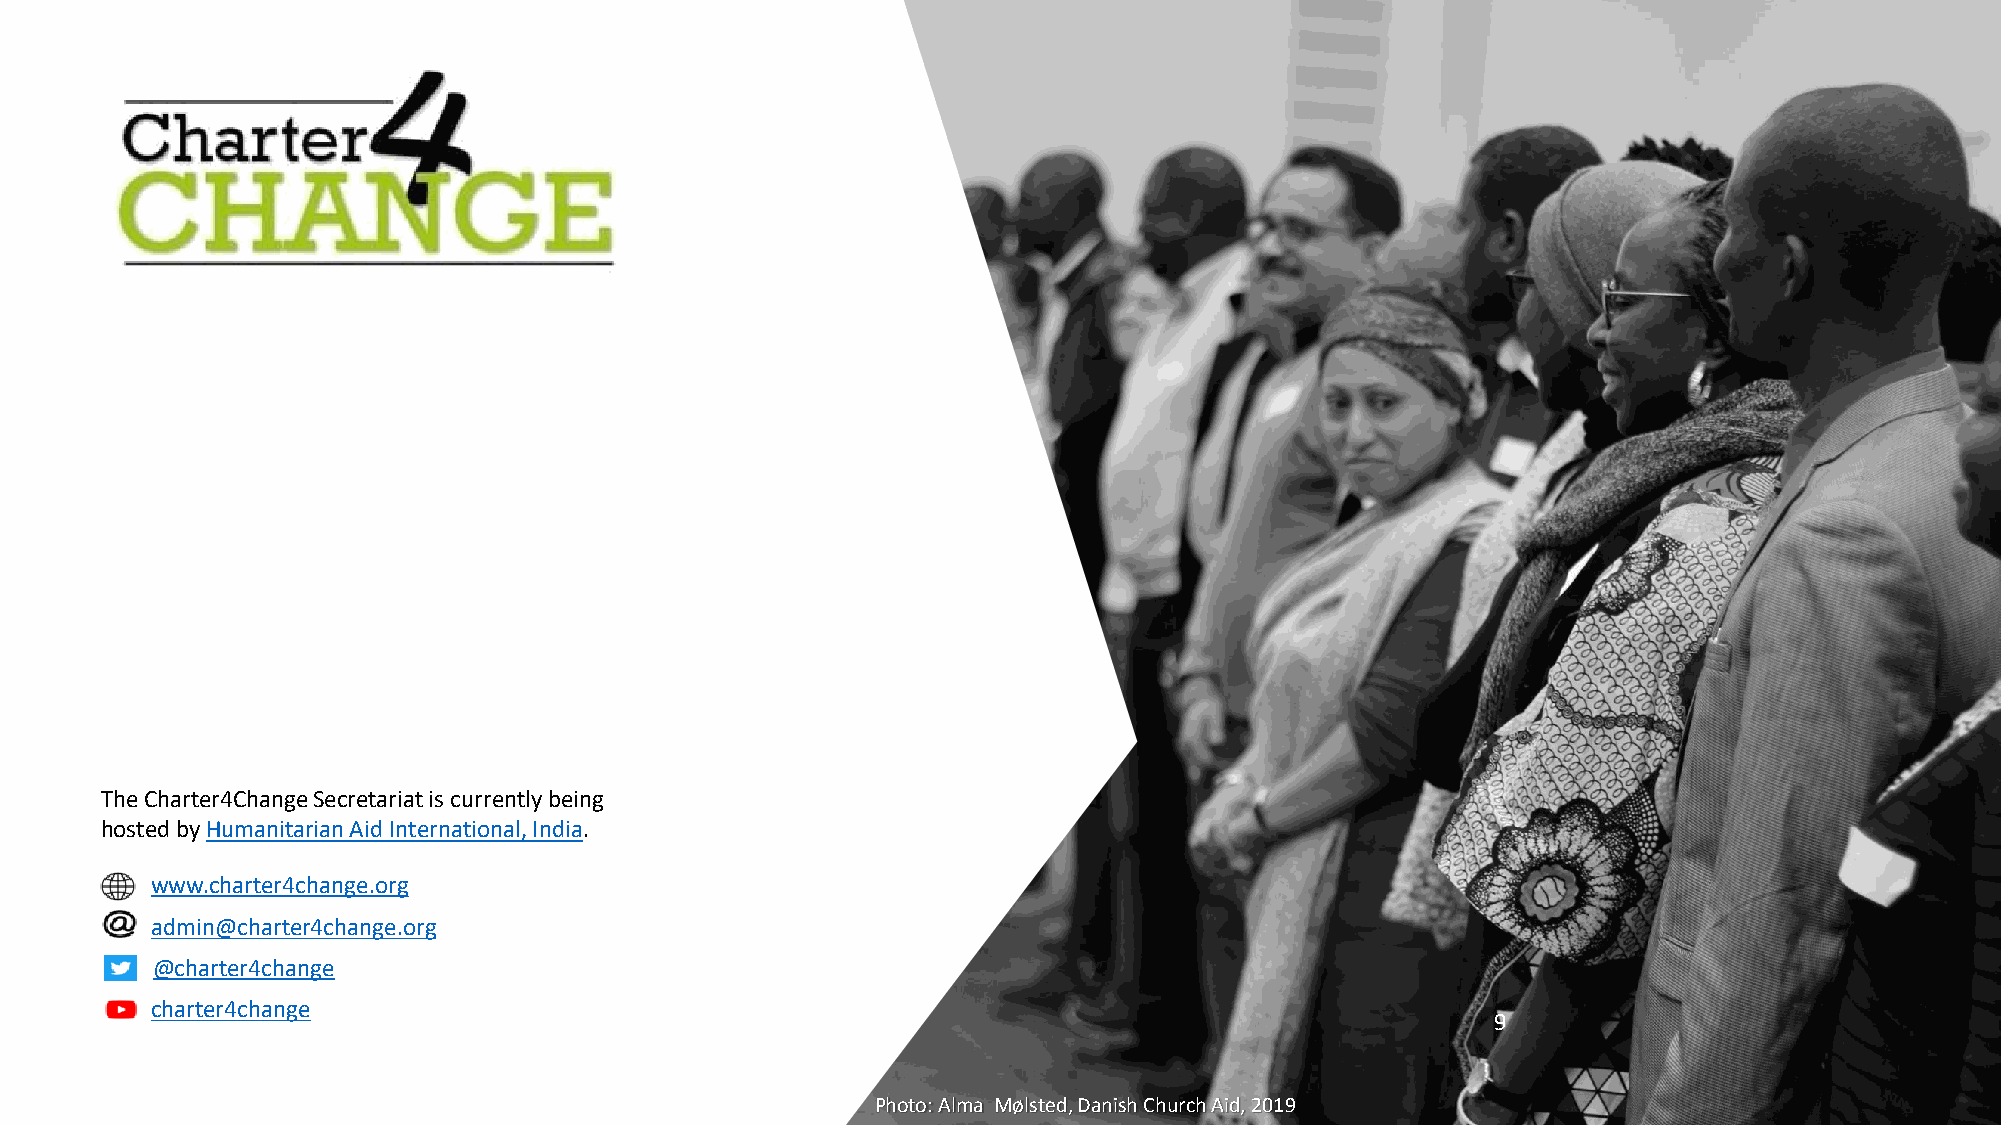
Contact  information   for the Charter4Change
 The Charter4Change Secretariat is currently being
 hosted by Humanitarian Aid International, India.
 www.charter4change.org
 admin@charter4change.org
 @charter4change
 charter4change
 9
 Photo: Alma Mølsted, Danish Church Aid, 2019